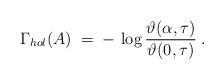
LaTeX: \begin{align*}\Gamma_{hol} (A) \;=\; - \, \log \frac{ \vartheta (\alpha, \tau)}{\vartheta (0,\tau)} \; .\end{align*}